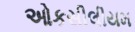
ઓકસીલીયમ